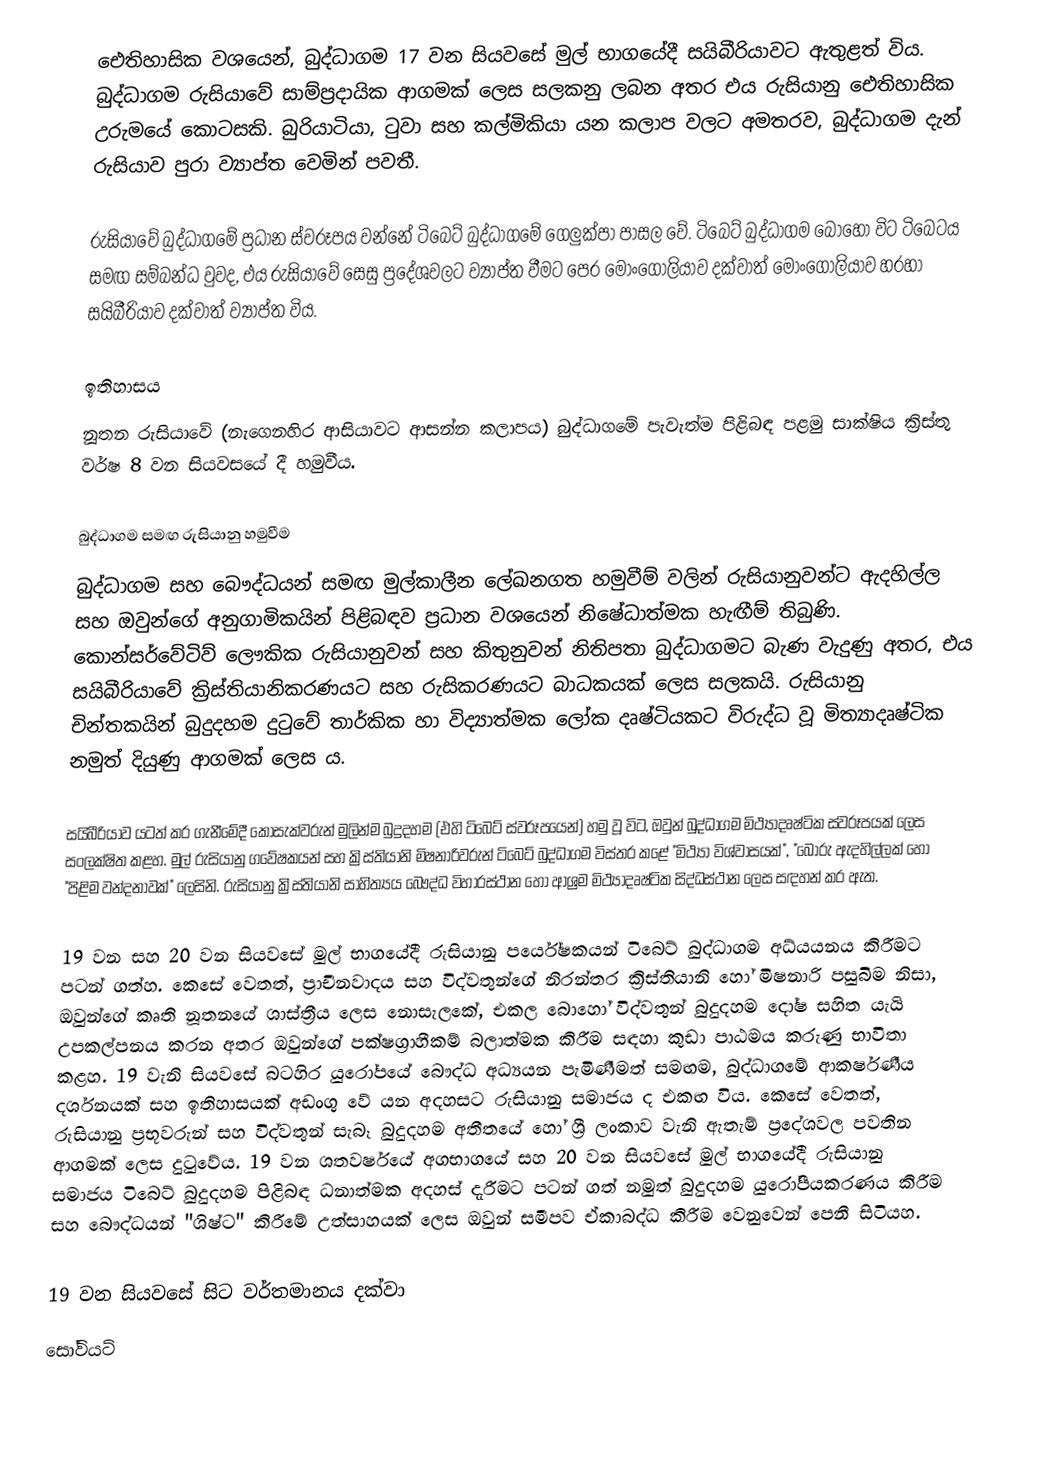
ඓතිහාසික වශයෙන්, බුද්ධාගම 17 වන සියවසේ මුල් භාගයේදී සයිබීරියාවට ඇතුළත් විය. බුද්ධාගම රුසියාවේ සාම්ප්‍රදායික ආගමක් ලෙස සලකනු ලබන අතර එය රුසියානු ඓතිහාසික උරුමයේ කොටසකි. බුරියාටියා, ටුවා සහ කල්මිකියා යන කලාප වලට අමතරව, බුද්ධාගම දැන් රුසියාව පුරා ව්‍යාප්ත වෙමින් පවතී.

රුසියාවේ බුද්ධාගමේ ප්‍රධාන ස්වරූපය වන්නේ ටිබෙට් බුද්ධාගමේ ගෙලුක්පා පාසල වේ. ටිබෙට් බුද්ධාගම බොහෝ විට ටිබෙටය සමඟ සම්බන්ධ වුවද, එය රුසියාවේ සෙසු ප්‍රදේශවලට ව්‍යාප්ත වීමට පෙර මොංගෝලියාව දක්වාත් මොංගෝලියාව හරහා සයිබීරියාව දක්වාත් ව්‍යාප්ත විය.

ඉතිහාසය
නූතන රුසියාවේ (නැගෙනහිර ආසියාවට ආසන්න කලාපය) බුද්ධාගමේ පැවැත්ම පිළිබඳ පළමු සාක්ෂිය ක්‍රිස්තු වර්ෂ 8 වන සියවසයේ දී හමුවීය.

බුද්ධාගම සමඟ රුසියානු හමුවීම
බුද්ධාගම සහ බෞද්ධයන් සමඟ මුල්කාලීන ලේඛනගත හමුවීම් වලින් රුසියානුවන්ට ඇදහිල්ල සහ ඔවුන්ගේ අනුගාමිකයින් පිළිබඳව ප්‍රධාන වශයෙන් නිෂේධාත්මක හැඟීම් තිබුණි. කොන්සර්වේටිව් ලෞකික රුසියානුවන් සහ කිතුනුවන් නිතිපතා බුද්ධාගමට බැණ වැදුණු අතර, එය සයිබීරියාවේ ක්‍රිස්තියානිකරණයට සහ රුසිකරණයට බාධකයක් ලෙස සලකයි. රුසියානු චින්තකයින් බුදුදහම දුටුවේ තාර්කික හා විද්‍යාත්මක ලෝක දෘෂ්ටියකට විරුද්ධ වූ මිත්‍යාදෘෂ්ටික නමුත් දියුණු ආගමක් ලෙස ය.

සයිබීරියාව යටත් කර ගැනීමේදී කොසැක්වරුන් මුලින්ම බුදුදහම (එහි ටිබෙට් ස්වරූපයෙන්) හමු වූ විට, ඔවුන් බුද්ධාගම මිථ්‍යාදෘෂ්ටික ස්වරූපයක් ලෙස සංලක්ෂිත කළහ. මුල් රුසියානු ගවේෂකයන් සහ ක්‍රිස්තියානි මිෂනාරිවරුන් ටිබෙට් බුද්ධාගම විස්තර කළේ "මිථ්‍යා විශ්වාසයක්", "බොරු ඇදහිල්ලක් හෝ "පිළිම වන්දනාවක්" ලෙසිනි. රුසියානු ක්‍රිස්තියානි සාහිත්‍යය බෞද්ධ විහාරස්ථාන හෝ ආශ්‍රම මිථ්‍යාදෘෂ්ටික සිද්ධස්ථාන ලෙස සඳහන් කර ඇත.

19 වන සහ 20 වන සියවසේ මුල් භාගයේදී රුසියානු පර්යේෂකයන් ටිබෙට් බුද්ධාගම අධ්යයනය කිරීමට පටන් ගත්හ. කෙසේ වෙතත්, ප්‍රාචීනවාදය සහ විද්වතුන්ගේ නිරන්තර ක්‍රිස්තියානි හෝ මිෂනාරි පසුබිම නිසා, ඔවුන්ගේ කෘති නූතනයේ ශාස්ත්‍රීය ලෙස නොසැලකේ, එකල බොහෝ විද්වතුන් බුදුදහම දෝෂ සහිත යැයි උපකල්පනය කරන අතර ඔවුන්ගේ පක්ෂග්‍රාහීකම් බලාත්මක කිරීම සඳහා කුඩා පාඨමය කරුණු භාවිතා කළහ. 19 වැනි සියවසේ බටහිර යුරෝපයේ බෞද්ධ අධ්‍යයන පැමිණීමත් සමඟම, බුද්ධාගමේ ආකර්ෂණීය දර්ශනයක් සහ ඉතිහාසයක් අඩංගු වේ යන අදහසට රුසියානු සමාජය ද එකඟ විය. කෙසේ වෙතත්, රුසියානු ප්‍රභූවරුන් සහ විද්වතුන් සැබෑ බුදුදහම අතීතයේ හෝ ශ්‍රී ලංකාව වැනි ඇතැම් ප්‍රදේශවල පවතින ආගමක් ලෙස දුටුවේය. 19 වන ශතවර්ෂයේ අගභාගයේ සහ 20 වන සියවසේ මුල් භාගයේදී රුසියානු සමාජය ටිබෙට් බුදුදහම පිළිබඳ ධනාත්මක අදහස් දැරීමට පටන් ගත් නමුත් බුදුදහම යුරෝපීයකරණය කිරීම සහ බෞද්ධයන් "ශිෂ්ට" කිරීමේ උත්සාහයක් ලෙස ඔවුන් සමීපව ඒකාබද්ධ කිරීම වෙනුවෙන් පෙනී සිටියහ.

19 වන සියවසේ සිට වර්තමානය දක්වා
සෝවියට්